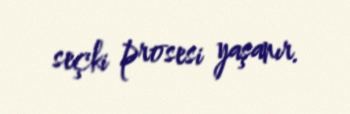
seçki prosesi yaşanır.